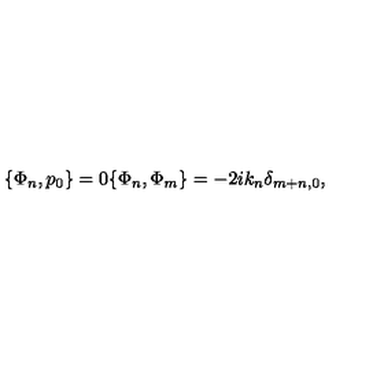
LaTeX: \{ \Phi _ { n } , p _ { 0 } \} = 0 \{ \Phi _ { n } , \Phi _ { m } \} = - 2 i k _ { n } \delta _ { m + n , 0 } ,